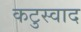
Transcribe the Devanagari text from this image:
कटुस्वाद